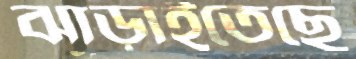
ঝাড়াইতেছে